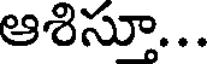
ఆశిసూ...